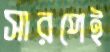
সারপেই